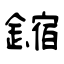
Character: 鏥